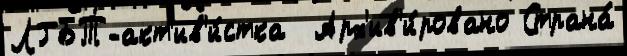
ЛГБТ-акт'ив'и́стка  Арх'ив'и́ровано Страна́